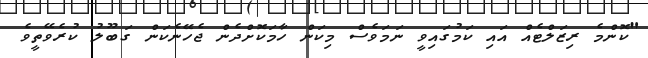
"ކޮންމެ ރިޒަލްޓެއް އައި ކަމުގައިވީ ނަމަވެސް މިކަން ހާމަކޮށްދެން ޖެހޭނެކަން ގަބޫލު ކުރެވޭތީވެ